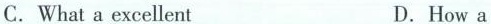
C.What a excellent D.How a